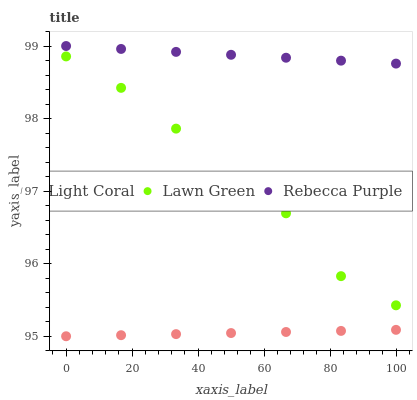
| xaxis_label | Light Coral | Lawn Green | Rebecca Purple |
 | --- | --- | --- | --- |
 | 0 | 95 | 98.9 | 99 |
 | 16.7 | 95 | 98.4 | 99 |
 | 33.3 | 95 | 97.9 | 98.9 |
 | 50 | 95 | 97.1 | 98.9 |
 | 66.7 | 95.1 | 96.7 | 98.8 |
 | 83.3 | 95.1 | 95.8 | 98.8 |
 | 100 | 95.1 | 95.4 | 98.8 |